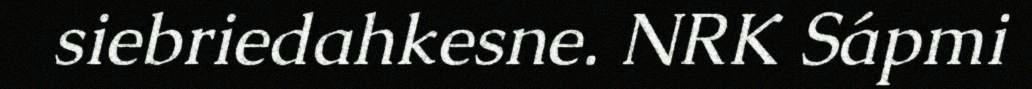
siebriedahkesne. NRK Sápmi